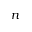
n